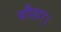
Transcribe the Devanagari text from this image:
बौछार।